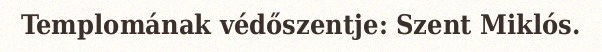
Templomának védőszentje: Szent Miklós.